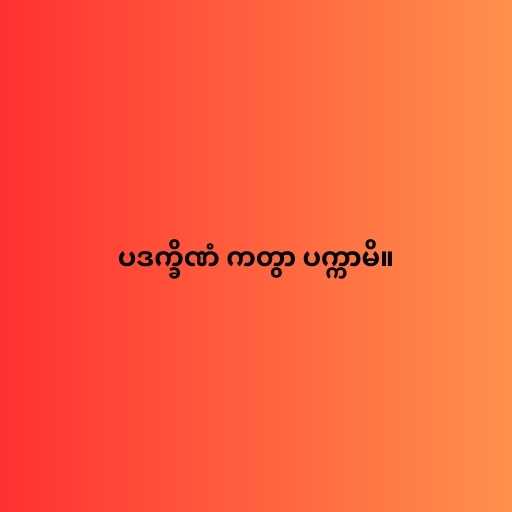
ပဒက္ခိဏံ ကတွာ ပက္ကာမိ။